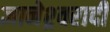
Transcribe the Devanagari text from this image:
ज्ञानेश्र्वरादी